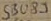
Text: SB089